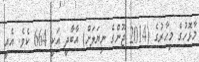
މާޅޮހުގެ މިހާރުގެ (2014 ޖޫންގެ ނިޔަލަށް) އާބާދީ އަކީ 664 ކެވެ. އެއީ